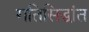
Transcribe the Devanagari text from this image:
गतिसिद्धांत